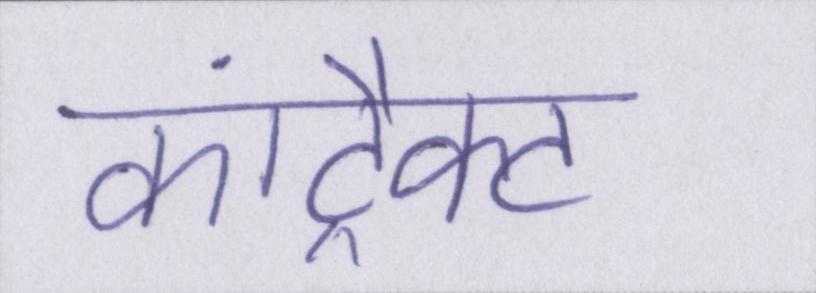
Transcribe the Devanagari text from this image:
कांट्रैक्ट